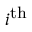
i ^ { \mathrm { t h } }